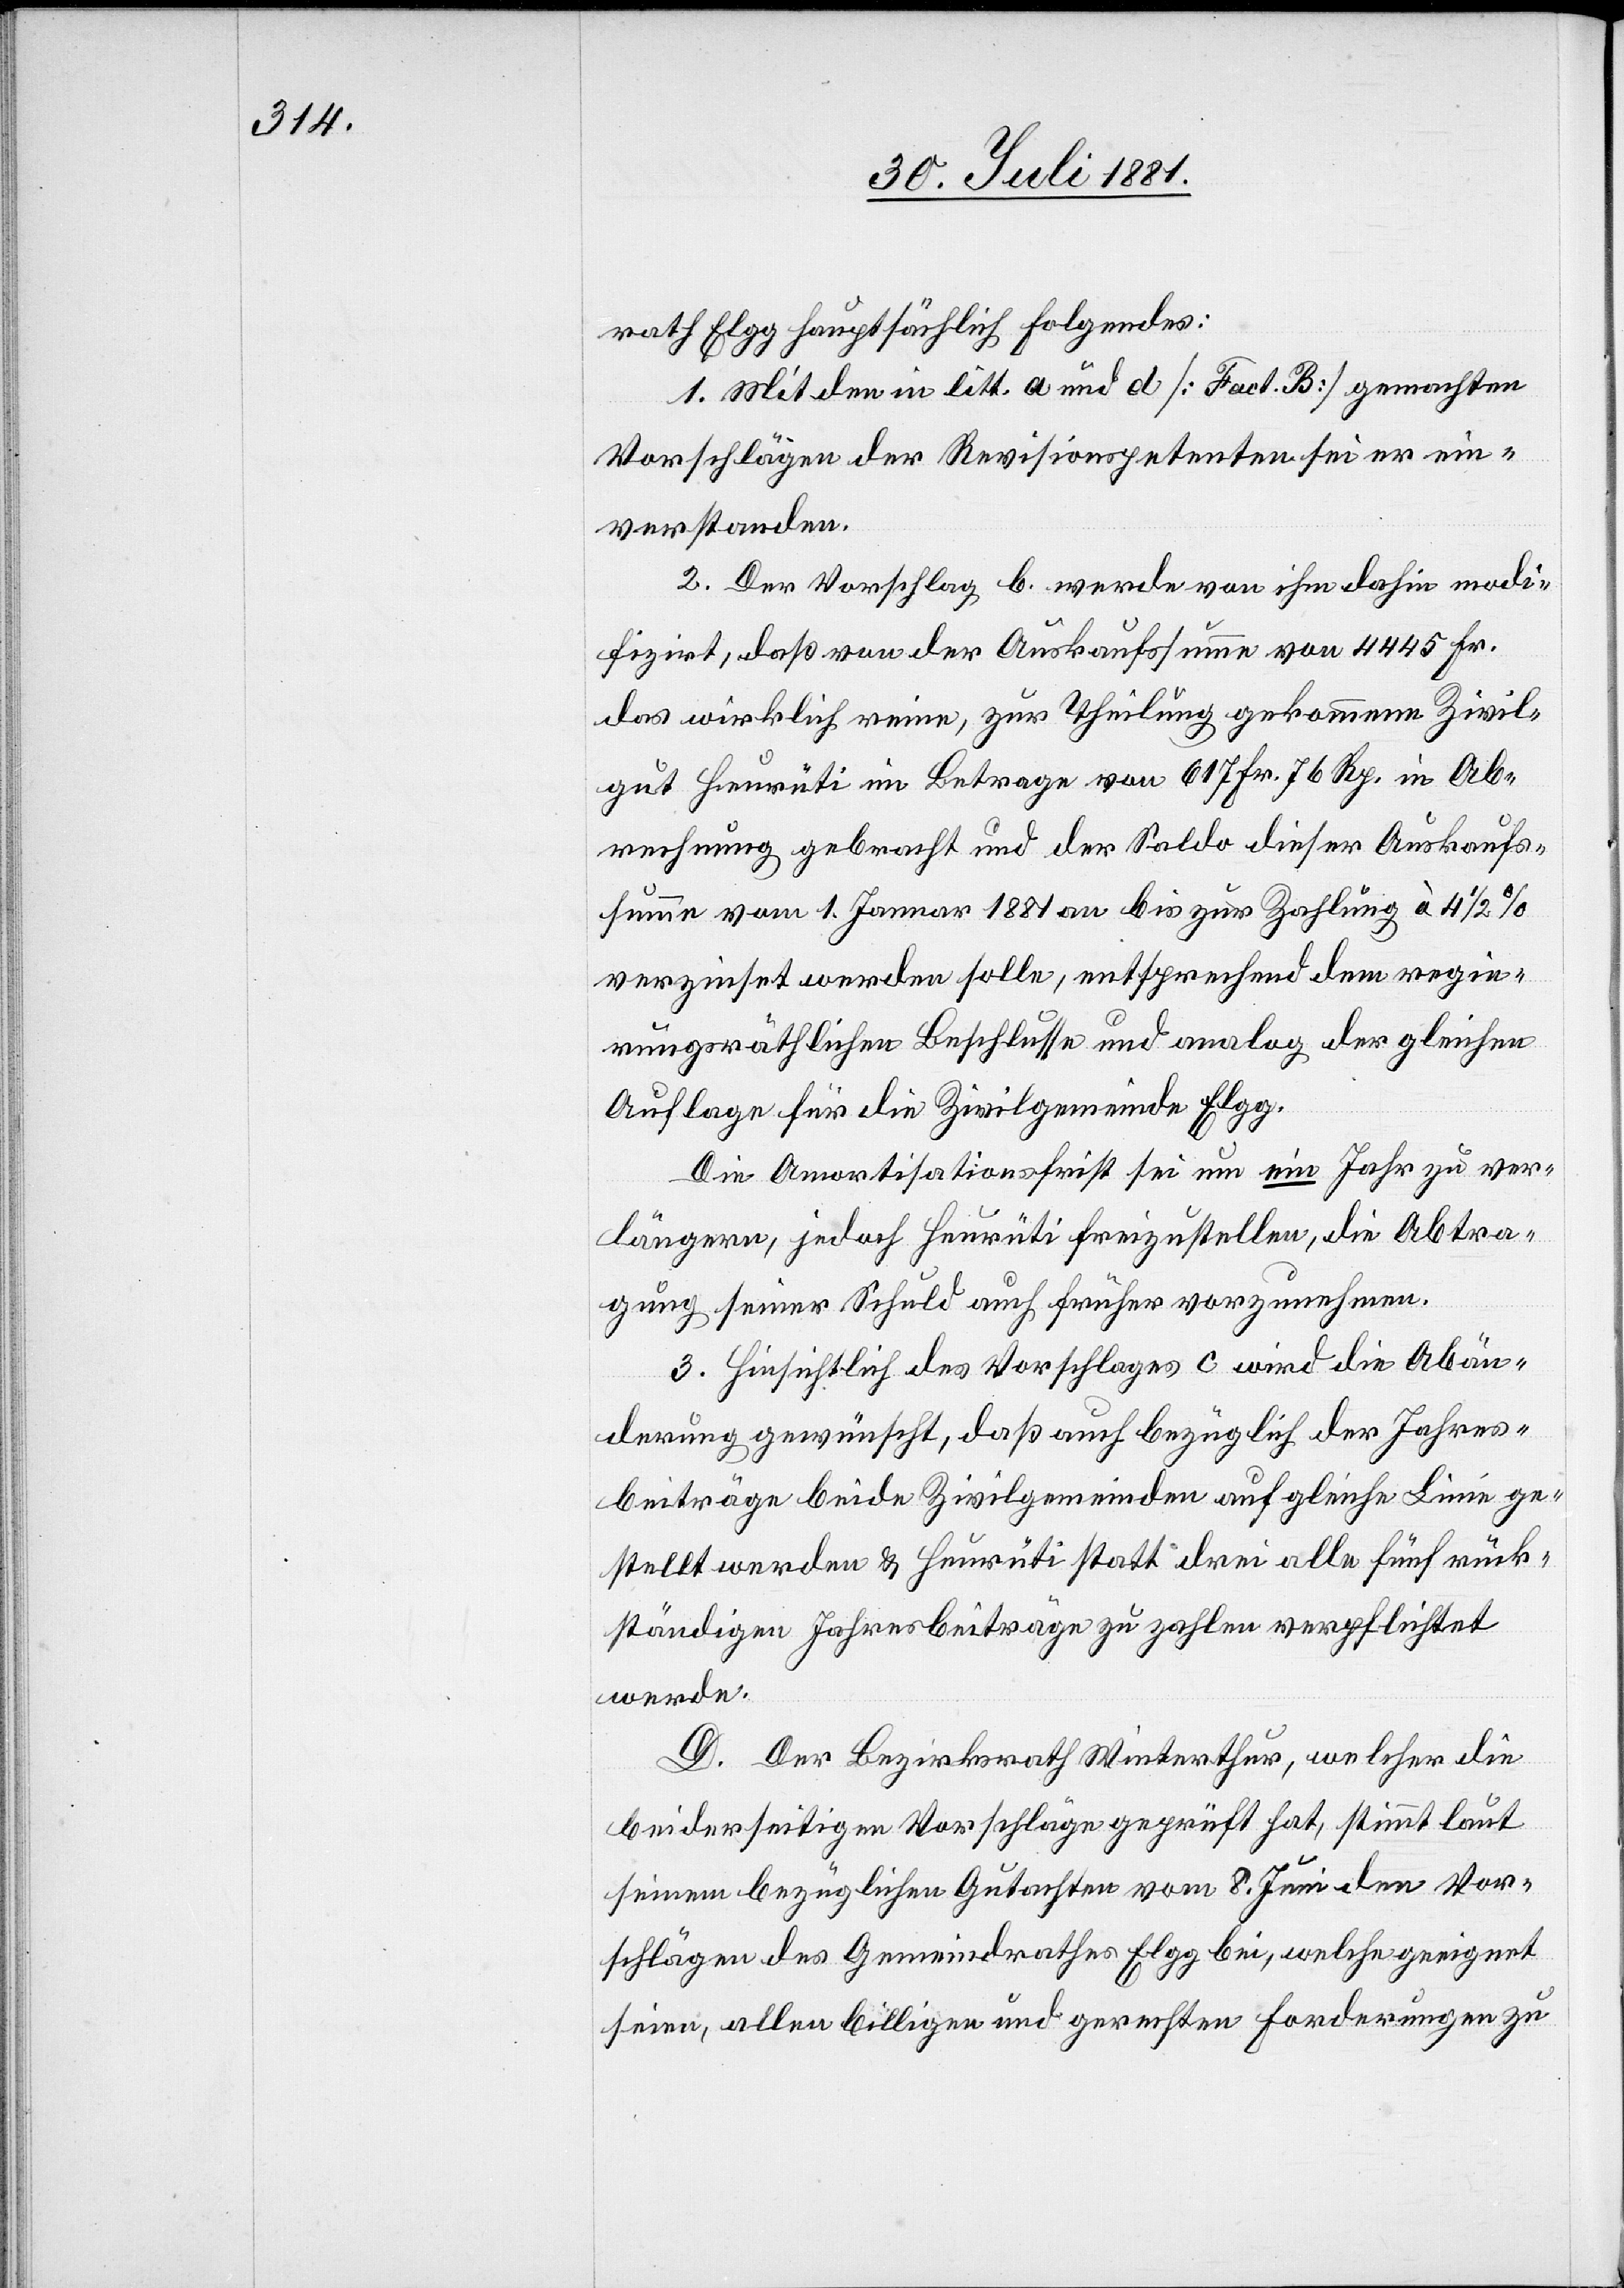
rath Elgg hauptsächlich Folgendes:
1. Mit den in litt. a und d [Fact. B] gemachten
Vorschlägen der Revisionsagenten sei er ein¬
verstanden.
2. Der Vorschlag b. werde von ihm dahin modi¬
fizirt, daß von der Auskaufssumme von 445 Fr.
das wirklich reine, zur Theilung gekommene Zivil¬
gut Heurüti im Betrage von 617 Fr. 76 Rp. in Ab¬
rechnung gebracht und der Saldo dieser Auskaufs¬
summe vom 1. Januar 1881 an bis zur Zahlung à 4 1/2%
verzinst werden solle, entsprechend dem regie¬
rungsräthlichen Beschlusse und analog der gleichen
Auflage für die Zivilgemeinde Elgg.
Die Amortisationsfirst sei um ein Jahr zu ver¬
längern, jedoch Heurüti freizustellen, die Abtra¬
gung seiner Schuld auch früher vorzunehmen.
3. Hinsichtlich des Vorschlages c wird die Abän¬
derung gewünscht, daß auch bezüglich der Jahres¬
beiträge beide Zivilgemeinden auf gleiche Linie ge¬
stellt werden & Heurüti statt drei alle fünf rück¬
ständigen Jahresbeiträge zu zahlen verpflichtet
werde.
D. Der Bezirksrath Winterthur, welcher die
beidseitigen Vorschläge geprüft hat, stimmt laut
seinem bezüglichen Gutachten vom 8. Juni den Vor¬
schlägen des Gemeindrathes Elgg bei, welche geeignet
seien, allen billigen und gerechten Forderungen zu